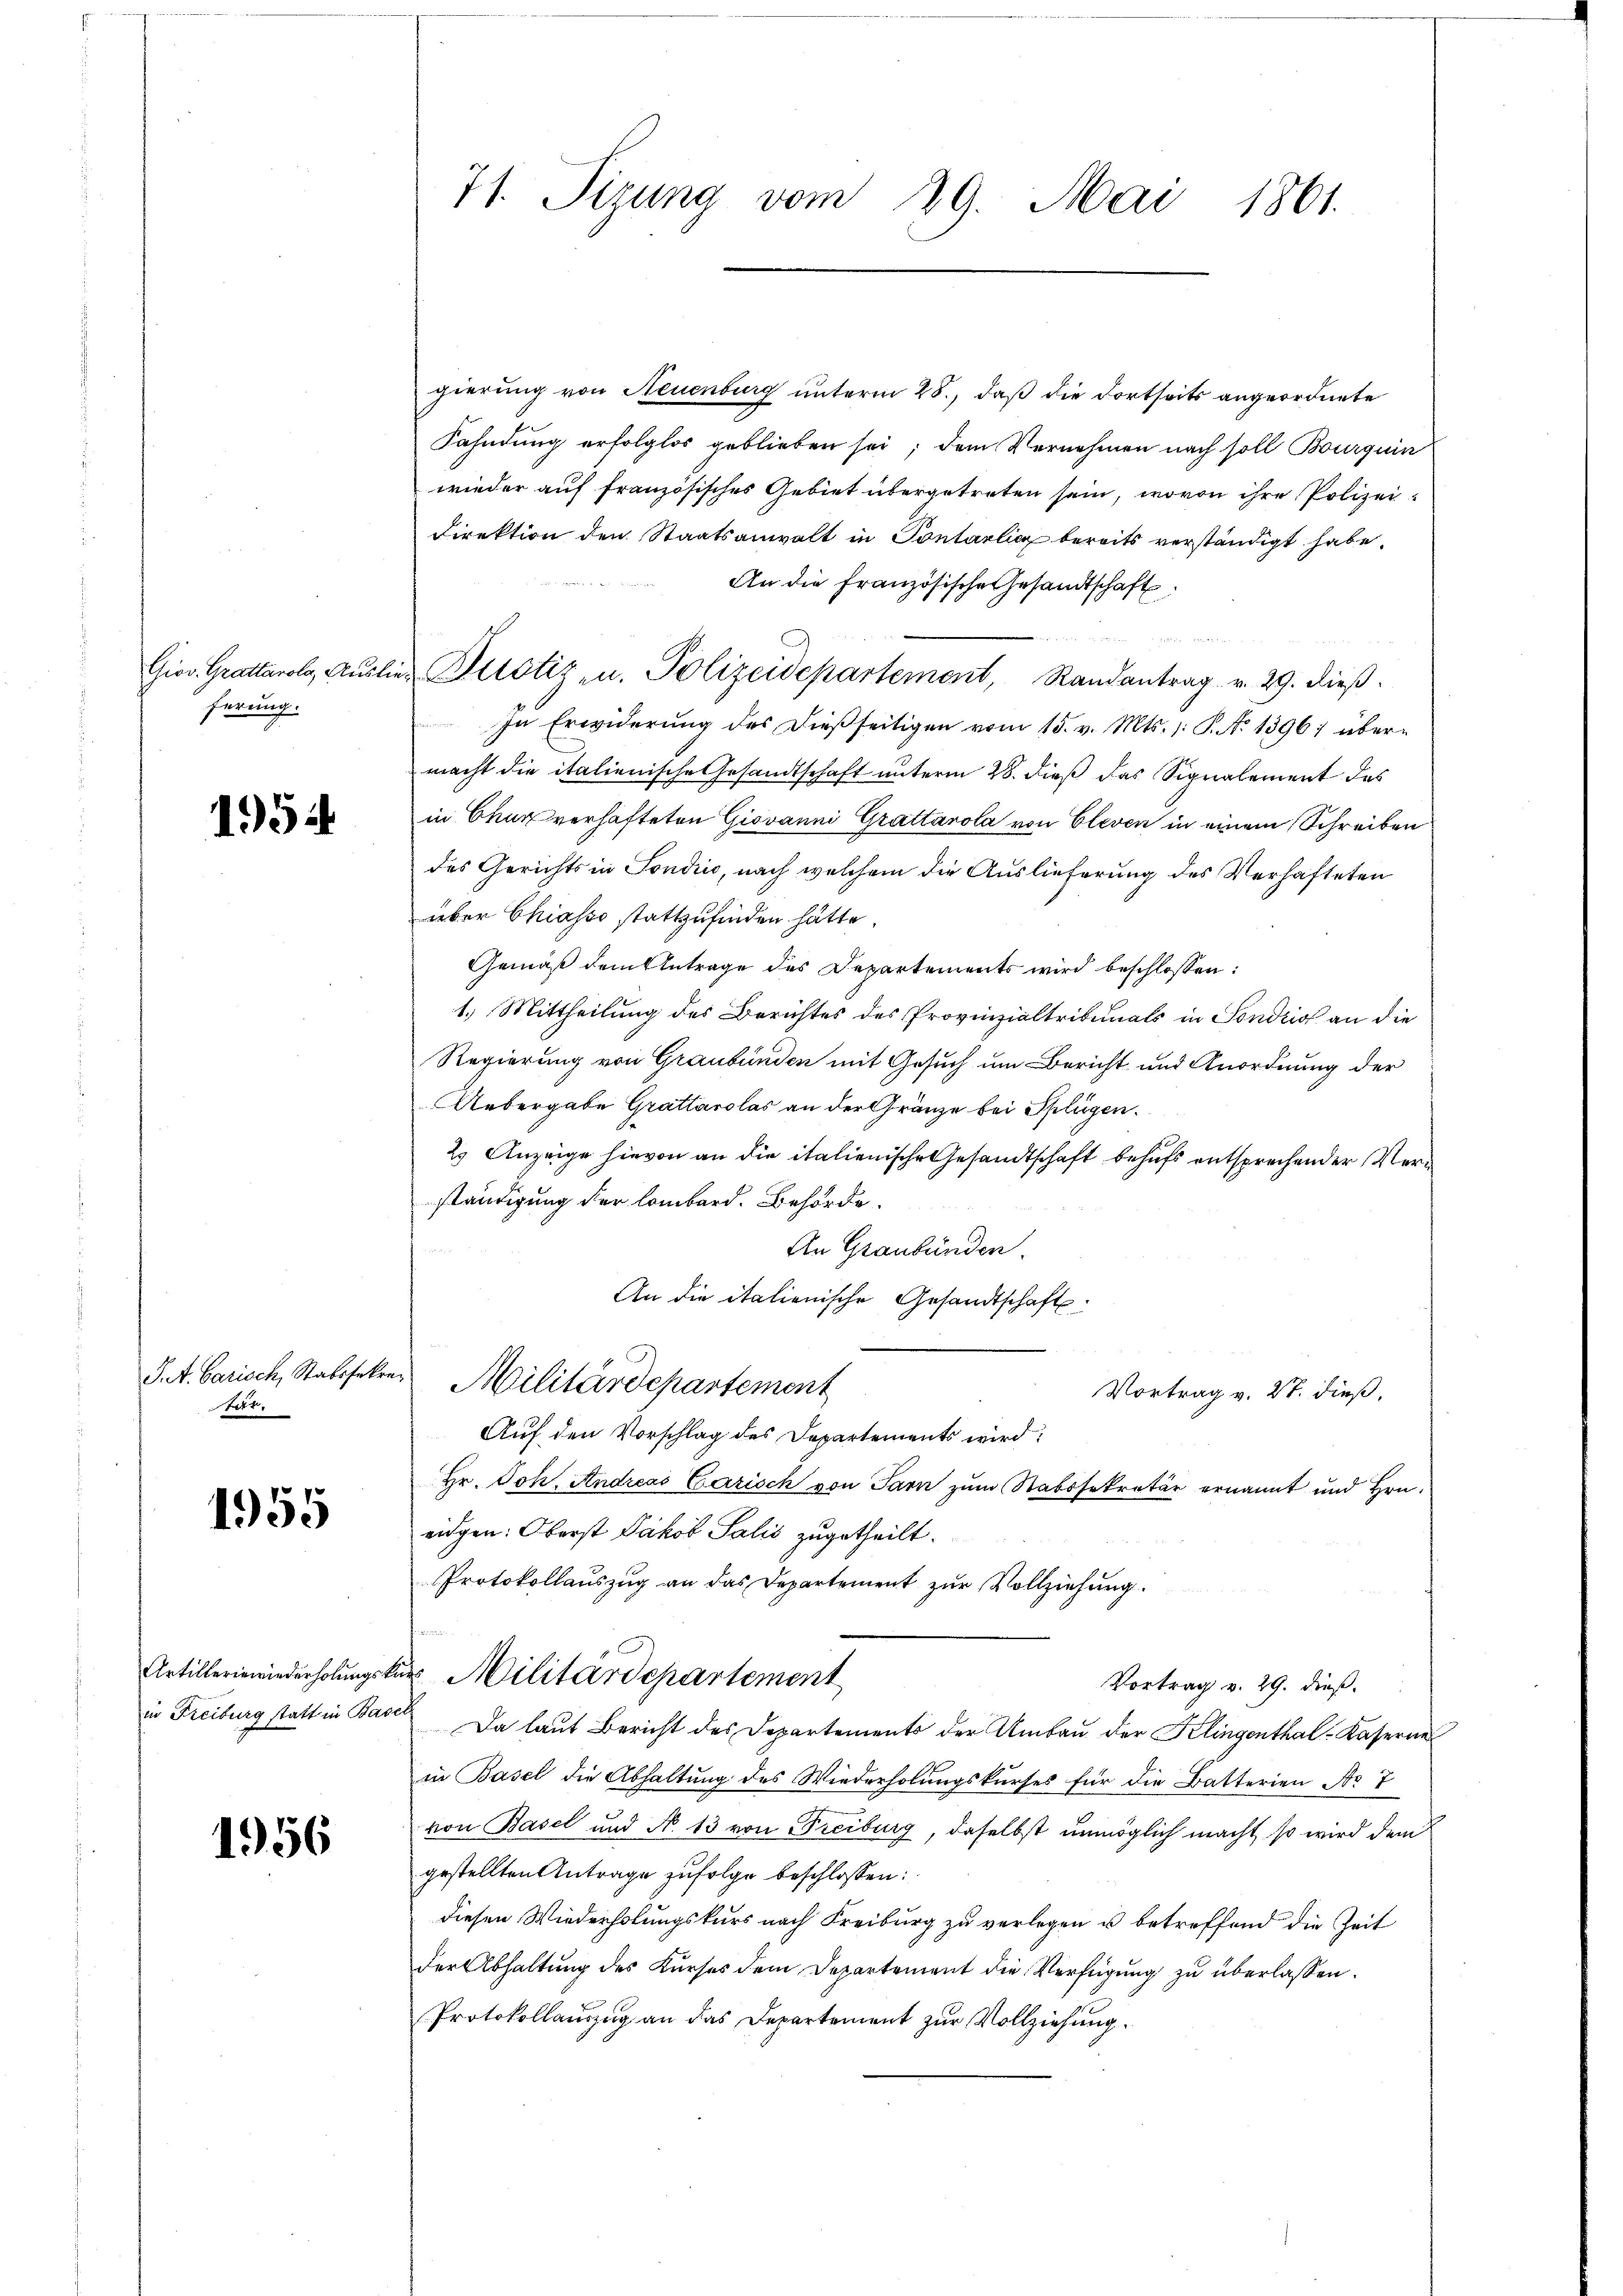
ferung.

1954

S.A. Carisch, Stabssekretr.

1955

1956

gierung von Neuenburg unterm 28., daß die dortseits angeordnete
Fahndung erfolglos geblieben sei; dem Vernehmen nach soll Bourquin
wieder auf französisches Gebiet übergetreten sein, wovon ihre Polizei¬
Direktion den Staatsanwalt in Pontarlich bereits verständigt habe.
An die französische Gesandtschaft

Gior. Grattarolo, Aŭslief Pilotiz u. Polizeidepartement, Randantrag v. 29. dieβ.
In Erwiderung des dießseitigen vom 15. v. Mts. 1: P. No 1396; über-
macht die italienische Gesandtschaft unterm 28. dieß das Signalement das
in Chur verhafteten Giovanni Grattarola von Cleven in einem Schreiben
des Gerichts in Sondin, nach welchem die Auslieferung des Verhafteten
über Chiasso stattzufinden hätte.
Gemäß dem Antrage des Departements wird beschlossen:
1.) Mittheilung des Berichtes des Provinzialtribunals in Sondrio an die
Regierung von Graubünden mit Gesuch um Bericht und Anordnung der
Uebergabe Grattarolas an der Gränze bei Splügen.
23 Anzeige hievon an die italienische Gesandtschaft behufs entsprechender Verständigung der Lombard. Behörde.
An Graubünden.
An die italienische Gesandtschafts¬
Militärdepartement
Vortrag v. 27. dieß,
Auf den Vorschlag des Departements wird:
Hr. Joh. Andreas Lazisch von Tarn zum Stabssekretär ernannt und Hrn.
eidgen: Oberst Jakob Salis zugetheilt.
Protokollauszug an das Departement zur Vollziehung.
Artillerinwiederholungskur Militärdepartement
Vortrag v. 29. dieß.
in Freiburg statt in Basel Da laut Bericht des Departements der Umbau der Klingenthal-Kaserne
in Basel die Abhaltung des Wiederholungskurses für die Batterien No 7
von Basel und No. 13 von Treiburg, daselbst unmöglich macht, so wird dem
gestellten Antrage zufolge beschlossen:
diesen Wiederholungskurs nach Freiburg zu verlegen u betreffend die Zeit
der Abhaltung des Kurses dem Departement die Verfügung zu überlassen.
Protokollauszug an das Departement zur Vollziehung

71. Sizung vom 29. Mai 1861.